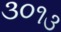
૩૦૧૩